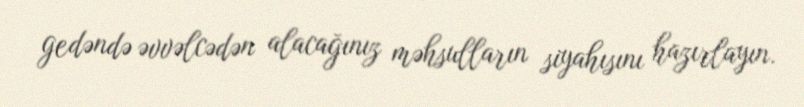
gedəndə əvvəlcədən alacağınız məhsulların siyahısını hazırlayın.